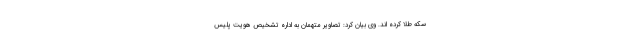
سکه طلا کرده اند. وی بیان کرد: تصاویر متهمان به اداره تشخیص هویت پلیس